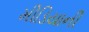
મીડિયાની